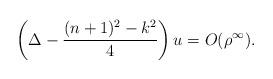
LaTeX: \begin{align*}\left(\Delta-\frac{(n+1)^2-k^2}{4}\right)u=O(\rho^\infty).\end{align*}